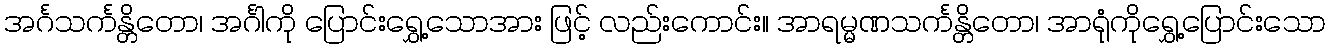
အင်္ဂသင်္ကန္တိတော၊ အင်္ဂါကို ပြောင်းရွှေ့သောအား ဖြင့် လည်းကောင်း။ အာရမ္မဏသင်္ကန္တိတော၊ အာရုံကိုရွှေ့ပြောင်းသော